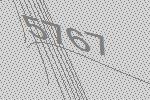
5767